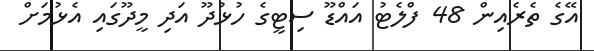
އޭގެ ތެރެއިން 48 ފްލެޓު އައްޑޫ ސިޓީގެ ހުޅުދޫ އަދި މީދޫގައި އެޅުމަށް